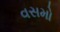
વસમો